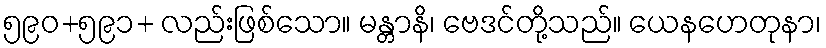
၅၉၀+၅၉၁+ လည်းဖြစ်သော။ မန္တာနိ၊ ဗေဒင်တို့သည်။ ယေနဟေတုနာ၊